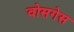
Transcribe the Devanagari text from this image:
वोसगेस